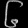
Digit: ၆